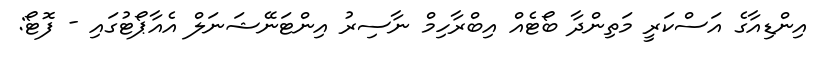
އިންޑިއާގެ އަސްކަރީ މަތިންދާ ބޯޓެއް އިބްރާހިމް ނާސިރު އިންޓަނޭޝަނަލް އެއާޕޯޓުގައި - ފޮޓޯ: